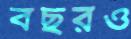
বছরও